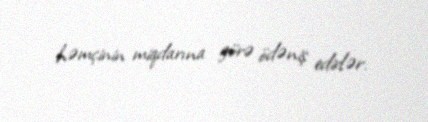
həmçinin miqdarına görə ödəniş edirlər.